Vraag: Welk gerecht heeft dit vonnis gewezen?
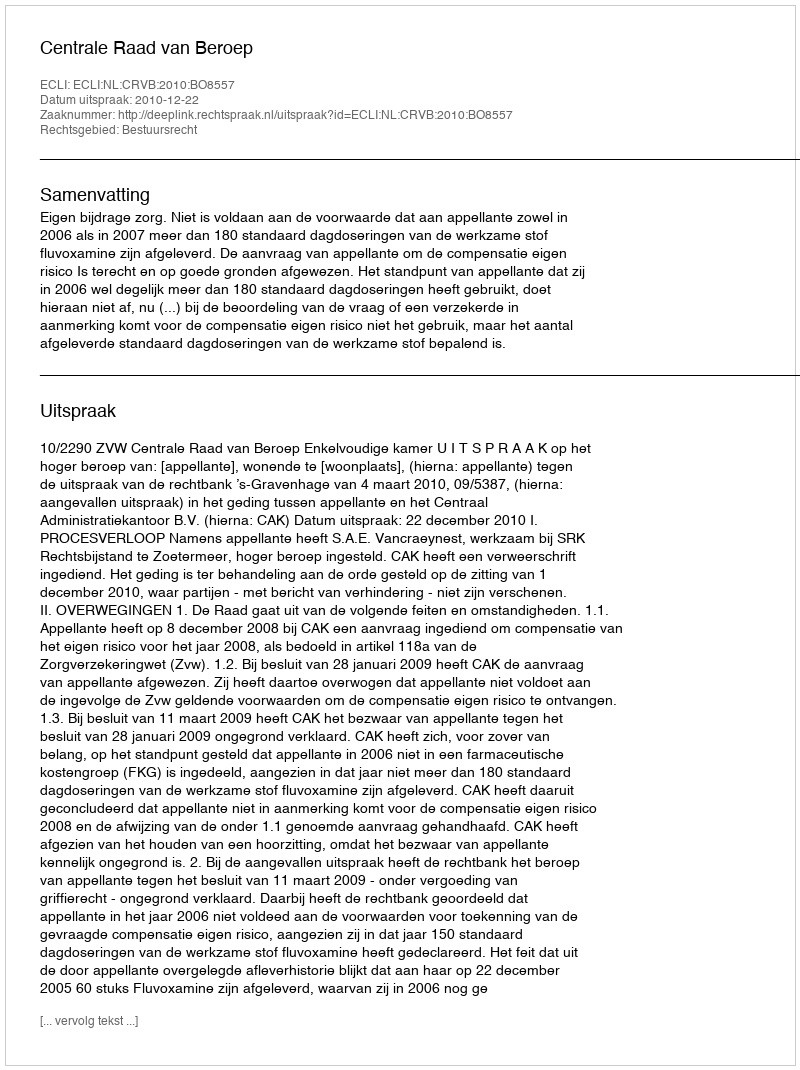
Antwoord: Centrale Raad van Beroep